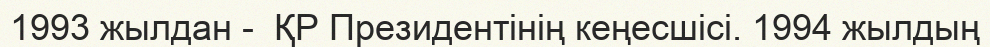
1993 жылдан -  ҚР Президентінің кеңесшісі. 1994 жылдың